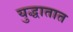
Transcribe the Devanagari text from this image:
युद्धातात